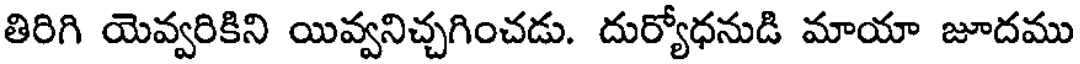
తిరిగి యెవ్వరికిని యివ్వనిచ్చగించడు. దుర్యోధనుడి మాయా జూదము